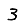
Digit: 3